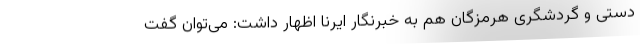
دستی و گردشگری هرمزگان هم به خبرنگار ایرنا اظهار داشت: می‌توان گفت